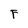
Character: F